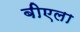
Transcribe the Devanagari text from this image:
बीएला